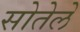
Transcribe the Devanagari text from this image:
सोतेले